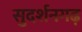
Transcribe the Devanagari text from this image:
सुदर्शनगढ़